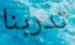
تدربنا